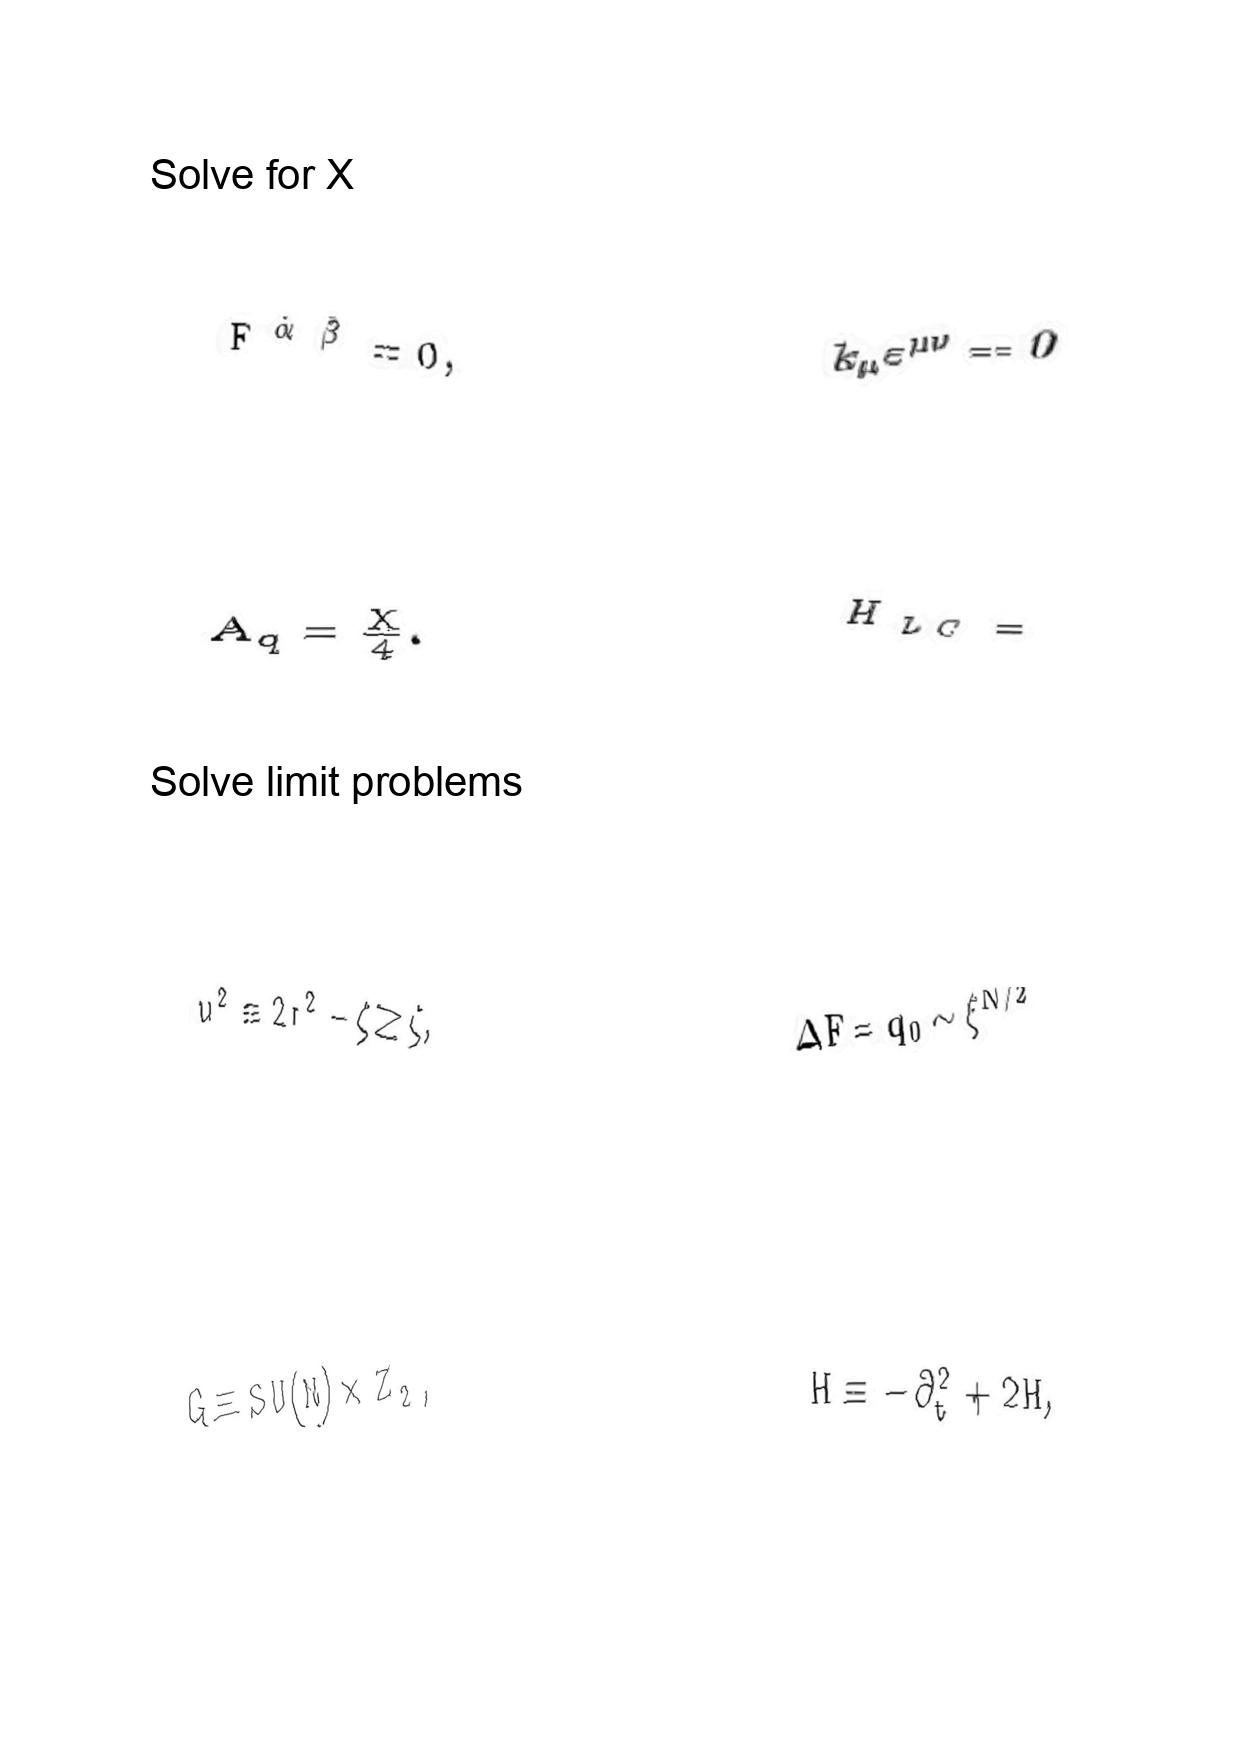
LaTeX transcription:
F ^ { \dot { \alpha } \dot { \beta } } = 0 ,
A _ { q } = \frac { X } { 4 } .
u ^ { 2 } \equiv 2 r ^ { 2 } - \zeta \geq \zeta ,
G \equiv S U \lparen N \rparen \times Z _ { 2 } ,
k _ { \mu } \varepsilon ^ { \mu \nu } = 0
H _ { L C } =
\Delta F = q _ { 0 } \sim \xi ^ { N / 2 }
H \equiv - \partial _ { t } ^ { 2 } + 2 H ,